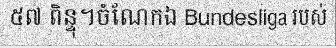
៥៧ ពិន្ទុ។ចំណែកឯ Bundesliga របស់